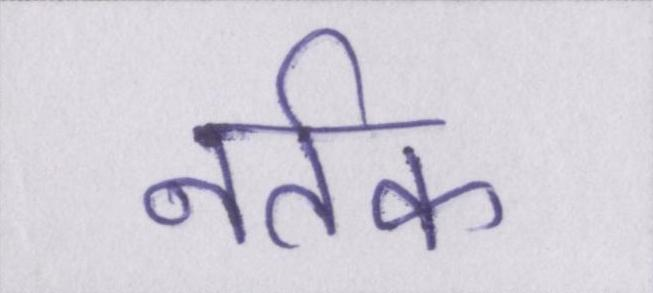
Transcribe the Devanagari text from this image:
नर्तक